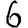
Digit: 6